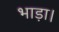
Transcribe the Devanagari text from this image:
भाड़ा।